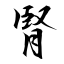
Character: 腎